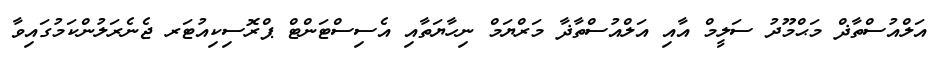
އަލްއުސްތާޛް މަޙްމޫދު ސަލީމް އާއި އަލްއުސްތާޛާ މަރްޔަމް ނިހާޔަތާއި އެސިސްޓަންޓް ޕްރޮސިކިއުޓަރ ޖެނެރަލުންކަމުގައިވާ